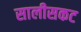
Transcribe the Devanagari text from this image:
सालीसकट